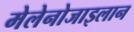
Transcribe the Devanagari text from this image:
मेलेनोजाइलान